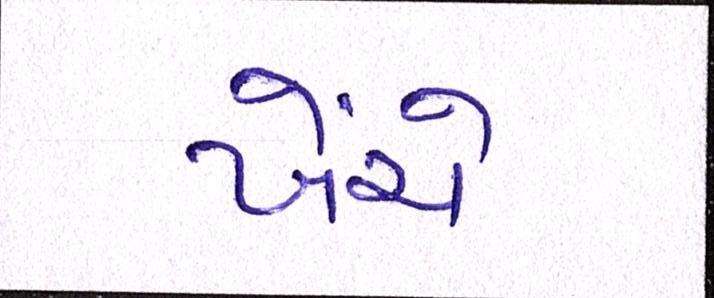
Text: ખેંચે